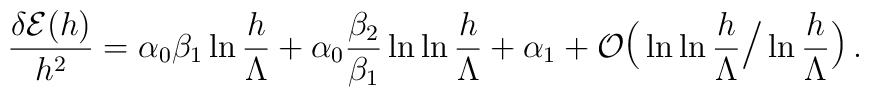
{\delta {\cal E}(h) \over h^2} = \alpha_{0}\beta_1\ln{h\over\Lambda}+\alpha_{0}{\beta_2\over\beta_1}\ln\ln{h\over\Lambda}+\alpha_1+  {\cal O} {\hbox{\Large (}} \ln \ln {h \over \Lambda} {\hbox{\Large /}}\ln {h \over \Lambda} {\hbox{\Large )}} \, .